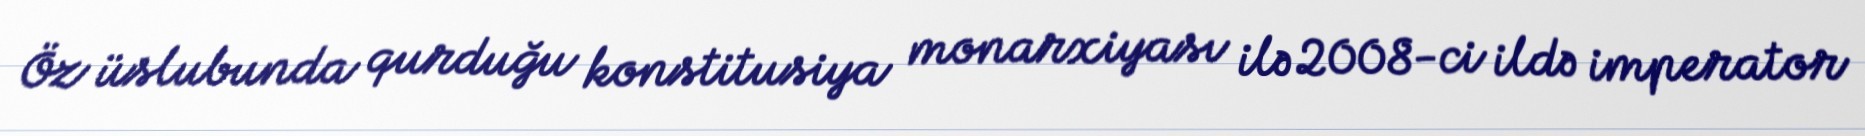
Öz üslubunda qurduğu konstitusiya monarxiyası ilə 2008-ci ildə imperator